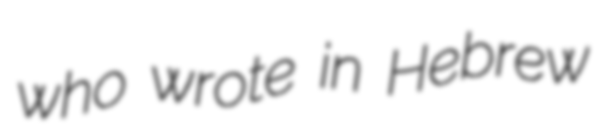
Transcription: who wrote in Hebrew